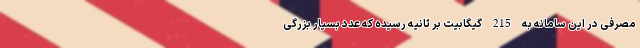
مصرفی در این سامانه به 215 گیگابیت بر ثانیه رسیده که عدد بسیار بزرگی